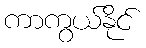
ကာကွယ်နိုင်